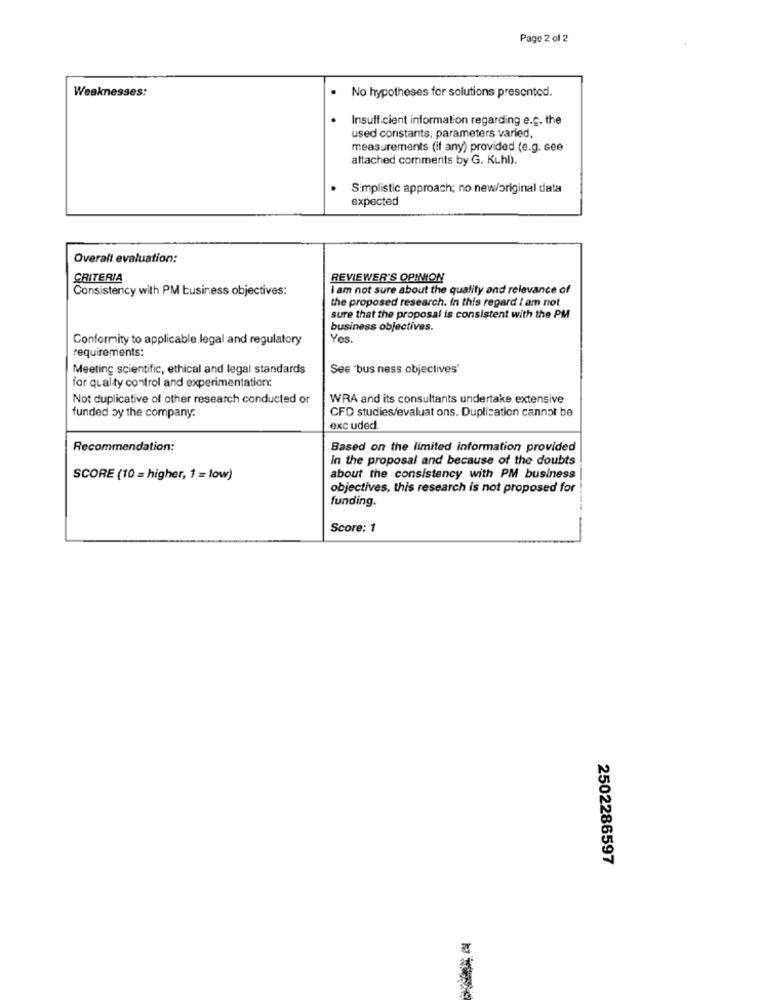
Page 2 of 2
Weaknesses:
No hypotheses for solutions presented.
Insufficient information regarding e.c. the
used constants, parameters varied.
measurements (if any) provided (e.g. see
attached comments by G. Kuhl).
Simplistic approach; no new/original data
expected
Overall evaluation:
CRITERIA
REVIEWER'S OPINION
Consistency with PM business objectives:
I am not sure about the quality and relevance of
the proposed research. In this regard I am not
sure that the proposal is consistent with the PM
business objectives.
Conformity to applicable legal and regulatory
Yes.
requirements:
Meeting scientific, ethical and legal standards
See 'bus ness objectives'
for quality control and experimentation:
Not duplicative of other research conducted or
WRA and its consultants undertake extensive
CFD studies/evaluat ons. Duplication cannot be
funded by the company.
exc uded.
Recommendation:
Based on the limited information provided
in the proposal and because of the doubts
SCORE (10 = higher, 1 = low)
about the consistency with PM business
objectives, this research is not proposed for
funding.
Score: 1
2502286597